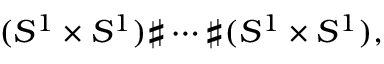
( S ^ { 1 } \times S ^ { 1 } ) \sharp \cdots \sharp ( S ^ { 1 } \times S ^ { 1 } ) ,